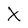
Character: X